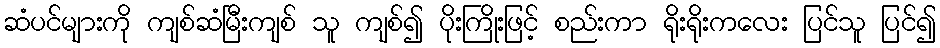
ဆံပင်များကို ကျစ်ဆံမြီးကျစ် သူ ကျစ်၍ ပိုးကြိုးဖြင့် စည်းကာ ရိုးရိုးကလေး ပြင်သူ ပြင်၍